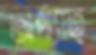
অর্থ্যাত্